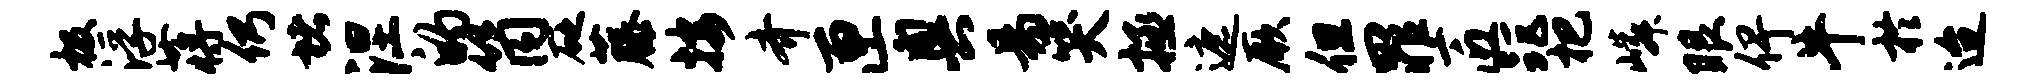
极浮蒋仍堵涅的筒砭藤按齐匣奥易哭拯遮厥但罪匠距杷嶙眼俾牛於迨